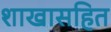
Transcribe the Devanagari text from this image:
शाखासहित